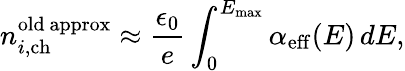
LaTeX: n_{i,\mathrm{ch}}^{\mathrm{old~approx}}\approx\frac{\epsilon_{0}}{e}\int_{0}^{E_{\mathrm{max}}}\alpha_{\mathrm{eff}}(E)\, dE,